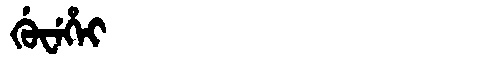
Manchu: ᡤᡠᠸᡝᡥᡝᡳ
Romanization: GUWEHEI